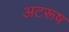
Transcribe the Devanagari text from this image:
अटरूष